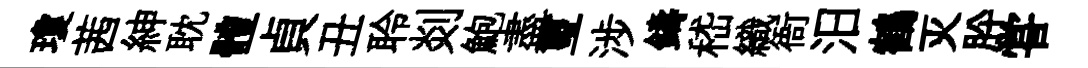
瓊茜紳耽體貞丑聆剡鮑盡璽涉鑄嵇織衙汨鶴灭肸甞